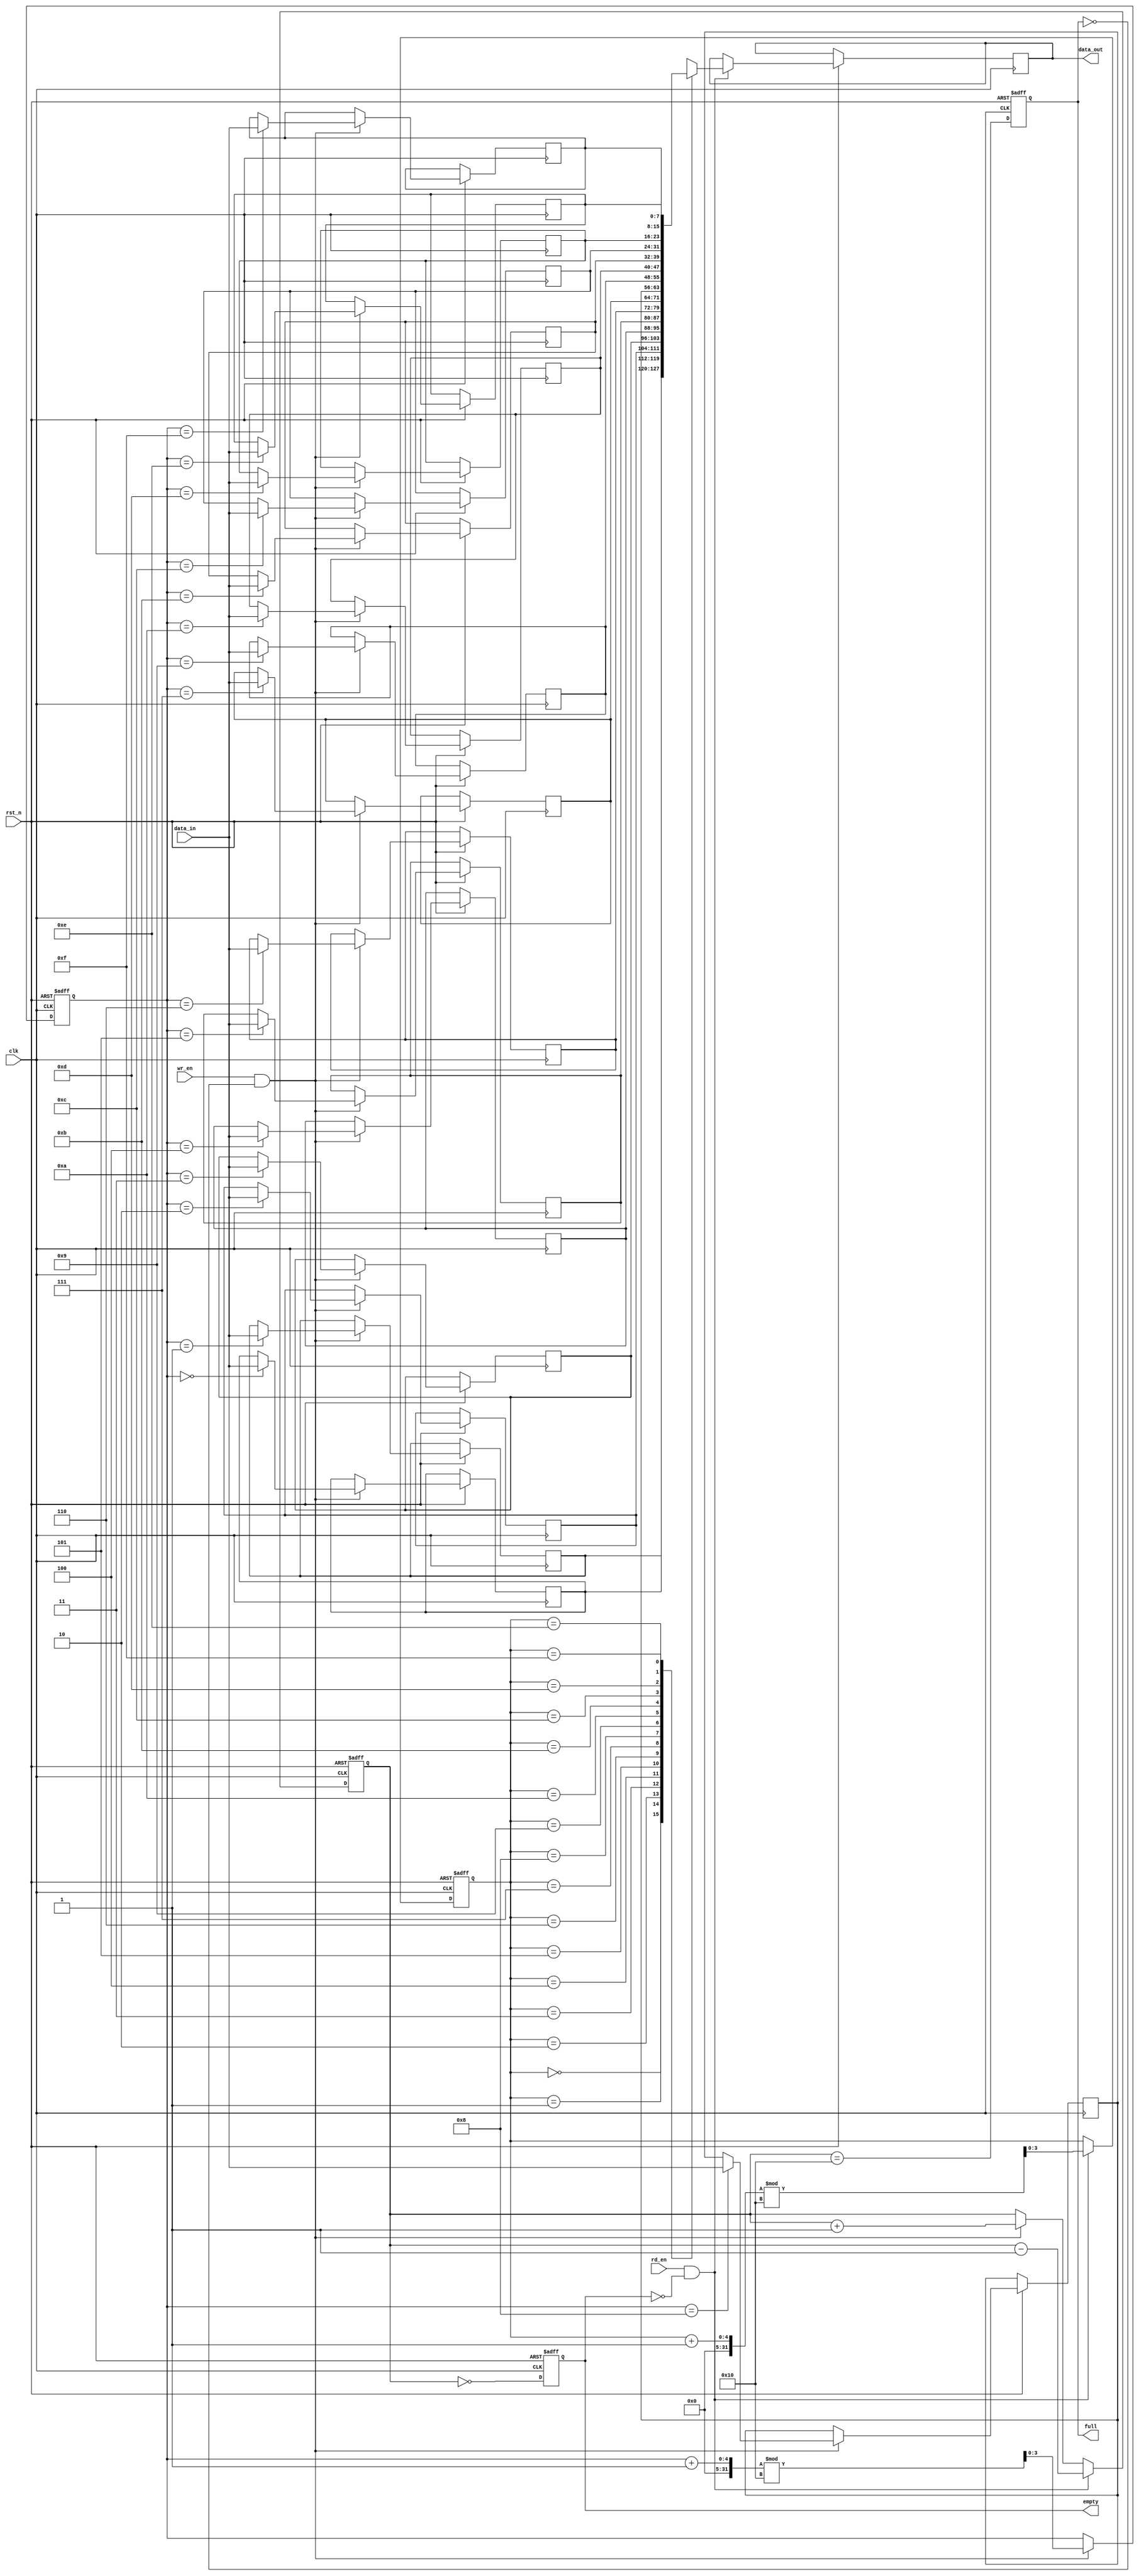
module parameterized_fifo #(
    parameter DATA_WIDTH = 8,      // Width of each data entry
    parameter FIFO_DEPTH = 16       // Total number of entries (must be a power of 2)
) (
    input wire clk,                 // Clock signal
    input wire rst_n,               // Asynchronous reset (active low)
    input wire wr_en,               // Write enable signal
    input wire rd_en,               // Read enable signal
    input wire [DATA_WIDTH-1:0] data_in, // Data input
    output reg [DATA_WIDTH-1:0] data_out, // Data output
    output reg full,                // FIFO full flag
    output reg empty                // FIFO empty flag
);

    // Internal memory array
    reg [DATA_WIDTH-1:0] fifo_mem [0:FIFO_DEPTH-1];
    
    // Pointer declarations
    reg [$clog2(FIFO_DEPTH)-1:0] wr_ptr; // Write pointer
    reg [$clog2(FIFO_DEPTH)-1:0] rd_ptr; // Read pointer
    reg [$clog2(FIFO_DEPTH):0] count;     // Count of items in FIFO

    // Asynchronous reset
    always @(posedge clk or negedge rst_n) begin
        if (!rst_n) begin
            wr_ptr <= 0;
            rd_ptr <= 0;
            count <= 0;
            full <= 0;
            empty <= 1;
        end else begin
            // Write operation
            if (wr_en && !full) begin
                fifo_mem[wr_ptr] <= data_in;
                wr_ptr <= (wr_ptr + 1) % FIFO_DEPTH;
                count <= count + 1;
            end

            // Read operation
            if (rd_en && !empty) begin
                data_out <= fifo_mem[rd_ptr];
                rd_ptr <= (rd_ptr + 1) % FIFO_DEPTH;
                count <= count - 1;
            end

            // Update full and empty flags
            full <= (count == FIFO_DEPTH);
            empty <= (count == 0);
        end
    end

endmodule